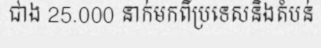
ជាង 25.000 នាក់មកពីប្រទេសនិងតំបន់